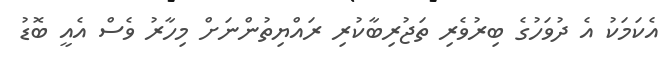
އެކަމަކު އެ ދުވަހުގެ ބިރުވެރި ތަޖުރިބާކުރި ރައްޔިތުންނަށް މިހާރު ވެސް އެއީ ބޮޑު